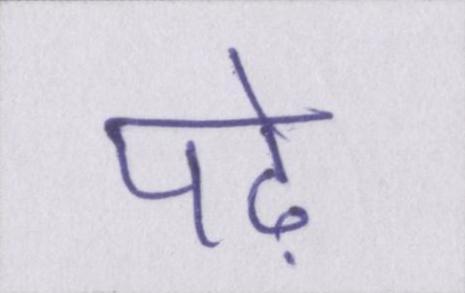
पढ़े